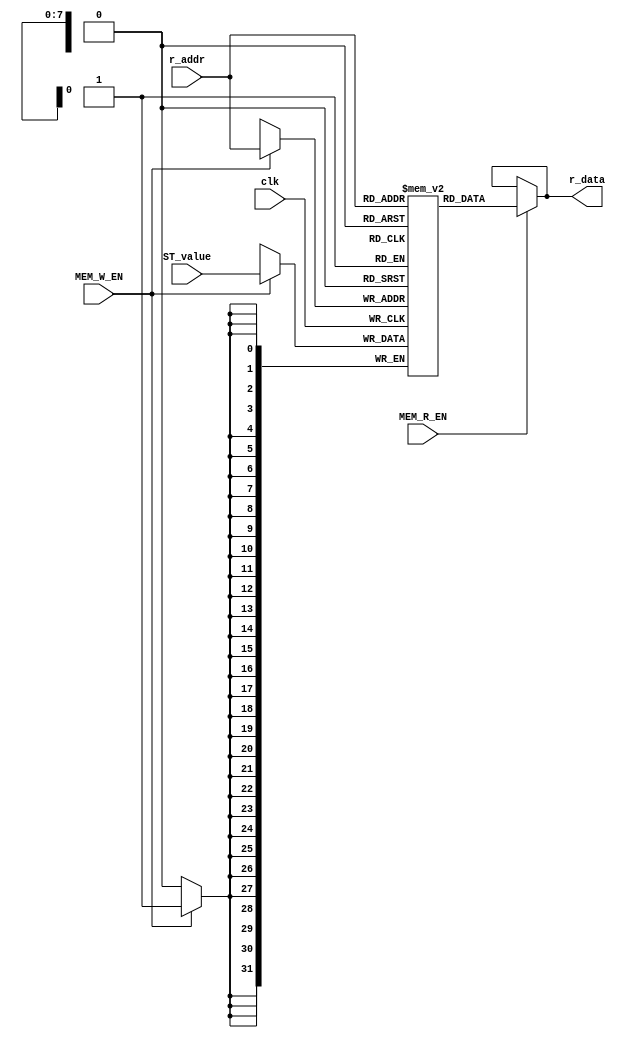
module DataMemory(
		input clk,
		input [31:0] ST_value,
		input [7:0] r_addr,
		input MEM_W_EN,
		input MEM_R_EN,
		output [31:0] r_data);
	reg [31:0] data_mem [255:0] ;
	assign  r_data = (MEM_R_EN ? data_mem[r_addr] : r_data );
	always @(posedge clk)begin
		if(MEM_W_EN)
			data_mem[r_addr] = ST_value;
	end
endmodule